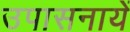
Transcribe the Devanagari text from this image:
उपासनायें